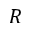
R